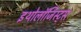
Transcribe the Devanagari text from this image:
इथोलॉजिस्ट्स